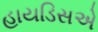
હાયડિસએ